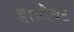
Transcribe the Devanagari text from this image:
डायरैक्ट